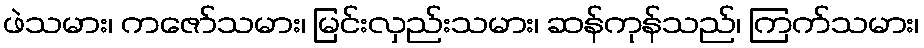
ဖဲသမား၊ ကဇော်သမား၊ မြင်းလှည်းသမား၊ ဆန်ကုန်သည်၊ ကြက်သမား၊